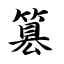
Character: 篡